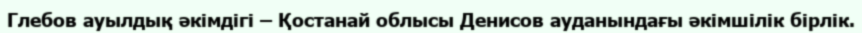
Глебов ауылдық әкімдігі – Қостанай облысы Денисов ауданындағы әкімшілік бірлік.